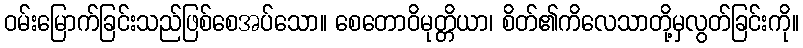
ဝမ်းမြောက်ခြင်းသည်ဖြစ်စေအပ်သော။ စေတောဝိမုတ္တိယာ၊ စိတ်၏ကိလေသာတို့မှလွတ်ခြင်းကို။